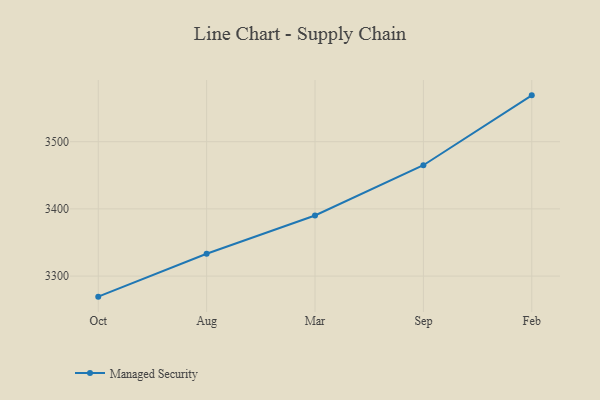
{"axis": {"x": "Month", "y": "Backlog"}, "legend": ["Managed Security"], "data": [{"x": "Oct", "y": 3269.4, "type": "Managed Security"}, {"x": "Aug", "y": 3333.2, "type": "Managed Security"}, {"x": "Mar", "y": 3390.2, "type": "Managed Security"}, {"x": "Sep", "y": 3465.0, "type": "Managed Security"}, {"x": "Feb", "y": 3569.0, "type": "Managed Security"}]}